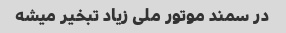
در سمند موتور ملی زیاد تبخیر میشه